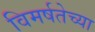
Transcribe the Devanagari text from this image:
विमर्षतेच्या